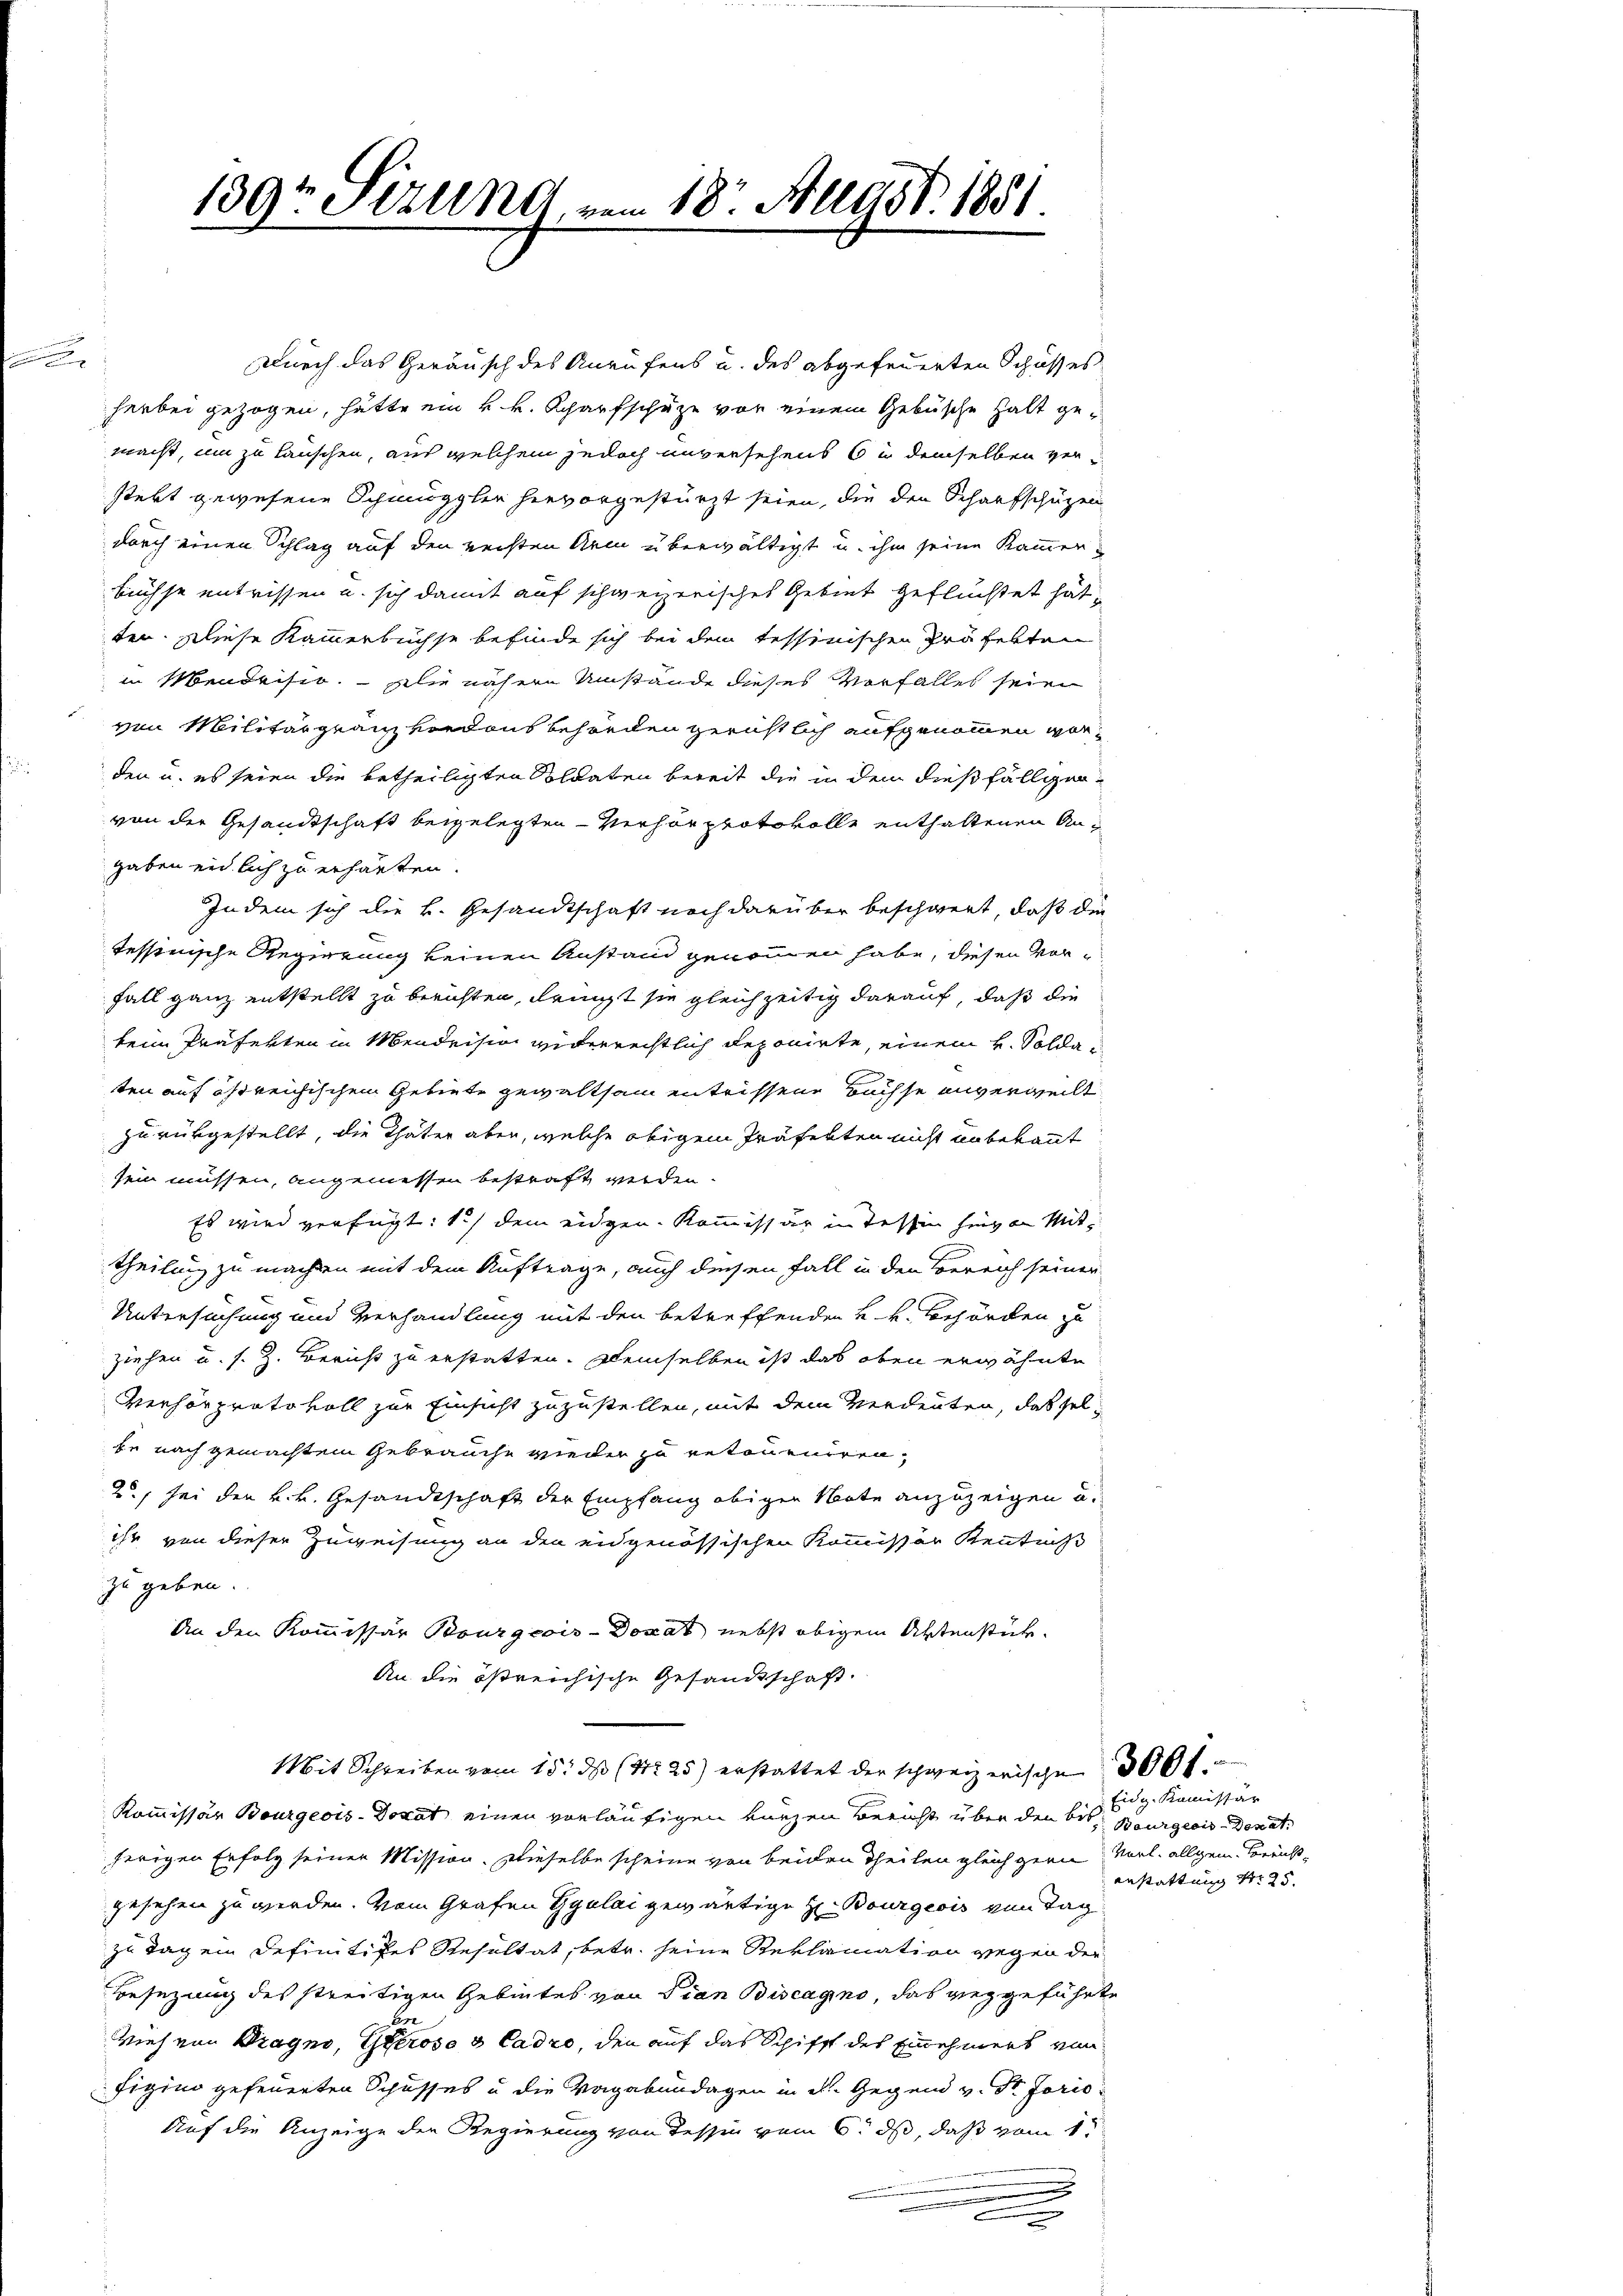
139t Sizung, vom 18t Augst. 1851.
2

Durch das Geräusch des Anrufens u. des abgefeuerten Schusses
herbei gezogen, hätte ein k k. Scharfschuze vor einem Gebüsche Halt gemacht, um zu lauschen, aus welchem jedoch unversehens 6 in demselben versteht gewesene Schmuggler hervorgestürzt seien, die den Scharfschüzen
durch einen Schlag auf den rechten Arm überwältigt u. ihm seine Kammer.
büchse entrissen u. sich damit auf schweizerisches Gebiet geflüchtet hätten. Diese Kammerbüchse befinde sich bei dem tessinischen Präfekten
in Mendrisio. — Die nähere Umstände dieses Vorfalles sein
ven Militär granz verdank behörden gerichtlich aufgenommen worden u. es seien die betheiligten Soldaten bereit die in dem dießfälligenvon der Gesandtschaft beigelegten - Verhör protokolle enthaltenen Angaben eidlich zu erhärten.
Indem sich die k. Gesandtschaft noch darüber beschwert, daß die
tessinische Regierung keinen Anstand genommen habe, diesen Vor-
Fall ganz entstellt zu berichten, dringt sie gleichzeitig darauf, daß die
kein Präfekten in Mendeisin widerrechtlich deponirte, einem H. Soldaten auf östreichischem Gebiete gewaltsam entrissene Bachse unverweilt
zurükgestellt, die Thäter aber, welche obigem Präfekten nicht unbekannt
sein müssen, angemessen bestraft werden.
Es wird verfügt: 1) dem eidgen. Kommissär in Tessin hievon Mittheilung zu machten mit dem Auftrage, auch diesen Fall in den Bereich seiner
Untersuchung und Verhandlung mit den betreffenden kk. Behörden zu
ziehen u. s. Z. Bericht zu erstatten. Demselben ist das oben erwähnte
Verhörprato voll zur Einsicht zuzustellen, mit dem Verdeuten, das selbe nach gemachtem Gebrauche wieder zu retourniren¬
2., sei den k. k. Gesandtschaft der Empfang obigen Note anzuzeigen u.
ihr von dieser Zuweisung an den eidgenössischen Kommissor Kenntniß
zu geben.
An den Kommissär Bourgeois-Dorat nebst obigem Aktenstük¬
An die östreichische Gesandtschaft.
Mit Schreiben vom 15. ds (S. 25) erstattet der schweizerische 300 f
Kommissär Bourgeois-Dokat einen vorläufigen kurzen Bericht über den bis Bourgeois Depat
herigen Erfolg seiner Mission. Dieselbe scheine von beiden Theilen gleich gern Verl. allgem. Berichtgesehen zu werden. Vom Grafen Ggulai gewärtige H. Bourgeois von Tag
zu Tag ein definitives Resultat, betr. seine Reklamation wegen der
Besezung des streitigen Gebietes von Vian Biscagno, das weggeführte
Vieh von Bragno, Geerose & Cadro, den auf das Schifft des Einnehmers von
Figina gefeuerten Schusses u die Vagabundagen in d. Gegend v. St. Jario
Auf die Anzeige der Regierung von dessen vom 6. ds, daß vom 1t
e

Eidg. Komissär
Anstattung S. 25.